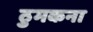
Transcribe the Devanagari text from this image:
ठुमकना